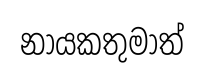
නායකතුමාත්